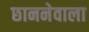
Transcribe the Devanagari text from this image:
छाननेवाला